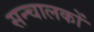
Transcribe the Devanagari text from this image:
सन्चालकों